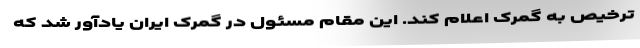
ترخیص به گمرک اعلام کند. این مقام مسئول در گمرک ایران یادآور شد که